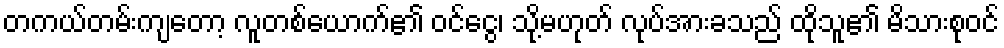
တကယ်တမ်းကျတော့ လူတစ်ယောက်၏ ဝင်ငွေ၊ သို့မဟုတ် လုပ်အားခသည် ထိုသူ၏ မိသားစုဝင်